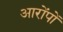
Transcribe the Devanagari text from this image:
आरोंपों